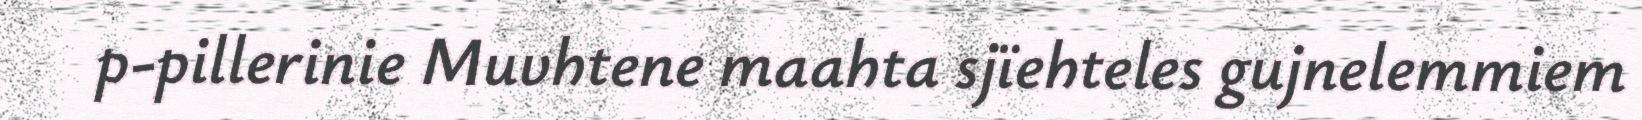
p-pillerinie Muvhtene maahta sjïehteles gujnelemmiem